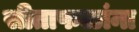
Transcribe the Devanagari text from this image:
सीताफळांना